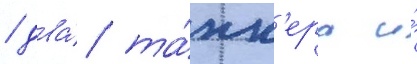
/ два́ та́нк'ера и́